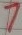
Text: 7